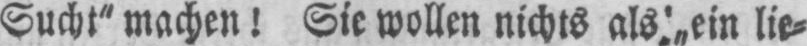
Sucht“ machen! Sie wollen nichts als „„ein lie⸗